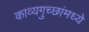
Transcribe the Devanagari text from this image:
काव्यगुच्छांमध्ये